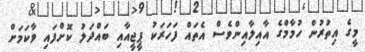
މީގެ އިތުރުން ހުމާމްގެ އާއިލާއިންވެސް އެތައް ފަހަރަކު ޕީޖީއާއި ބައްދަލު ކޮށްފައި ވާކަމަށް